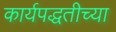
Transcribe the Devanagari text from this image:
कार्यपद्धतीच्या